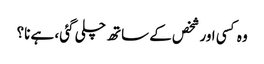
وہ کسی اور شخص کے ساتھ چلی گئی، ہے نا؟